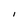
Character: I